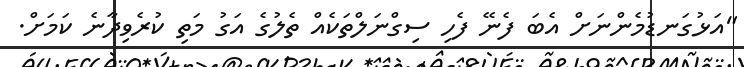
"އަޅުގަނޑުމެންނަށް އެބަ ފެނޭ ފެހި ސިގްނަލްތަކެއް ތެލުގެ އަގު މަތި ކުރެވިދާނެ ކަމަށް.